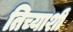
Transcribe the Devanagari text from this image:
तिच्याशीं